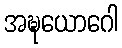
အဍ္ဎယောဂေါ